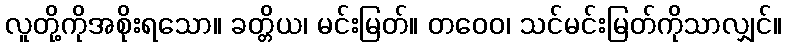
လူတို့ကိုအစိုးရသော။ ခတ္တိယ၊ မင်းမြတ်။ တဝေဝ၊ သင်မင်းမြတ်ကိုသာလျှင်။